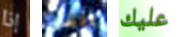
إذا اتضور عليك